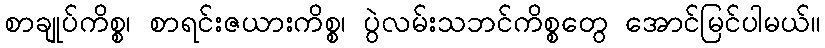
စာချုပ်ကိစ္စ၊ စာရင်းဇယားကိစ္စ၊ ပွဲလမ်းသဘင်ကိစ္စတွေ အောင်မြင်ပါမယ်။